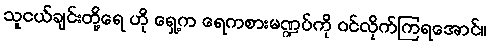
သူငယ်ချင်းတို့ရေ ဟို ရှေ့က ရေကစားမဏ္ဍပ်ကို ဝင်လိုက်ကြရအောင်။